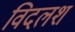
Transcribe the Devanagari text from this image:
विदलश